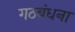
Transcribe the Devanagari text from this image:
गठबंधना